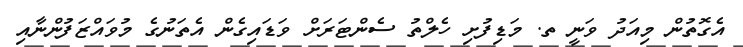
އެގޮތުން މިއަދު ވަނީ ތ. މަޑިފުށި ހެލްތު ސެންޓަރަށް ވަޑައިގެން އެތަނުގެ މުވައްޒަފުންނާއި